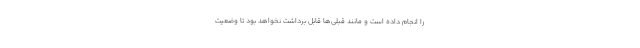
را انجام داده است و مانند قبلی‌ها قابل برداشت نخواهد بود تا وضعیت